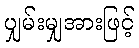
ပျှမ်းမျှအားဖြင့်